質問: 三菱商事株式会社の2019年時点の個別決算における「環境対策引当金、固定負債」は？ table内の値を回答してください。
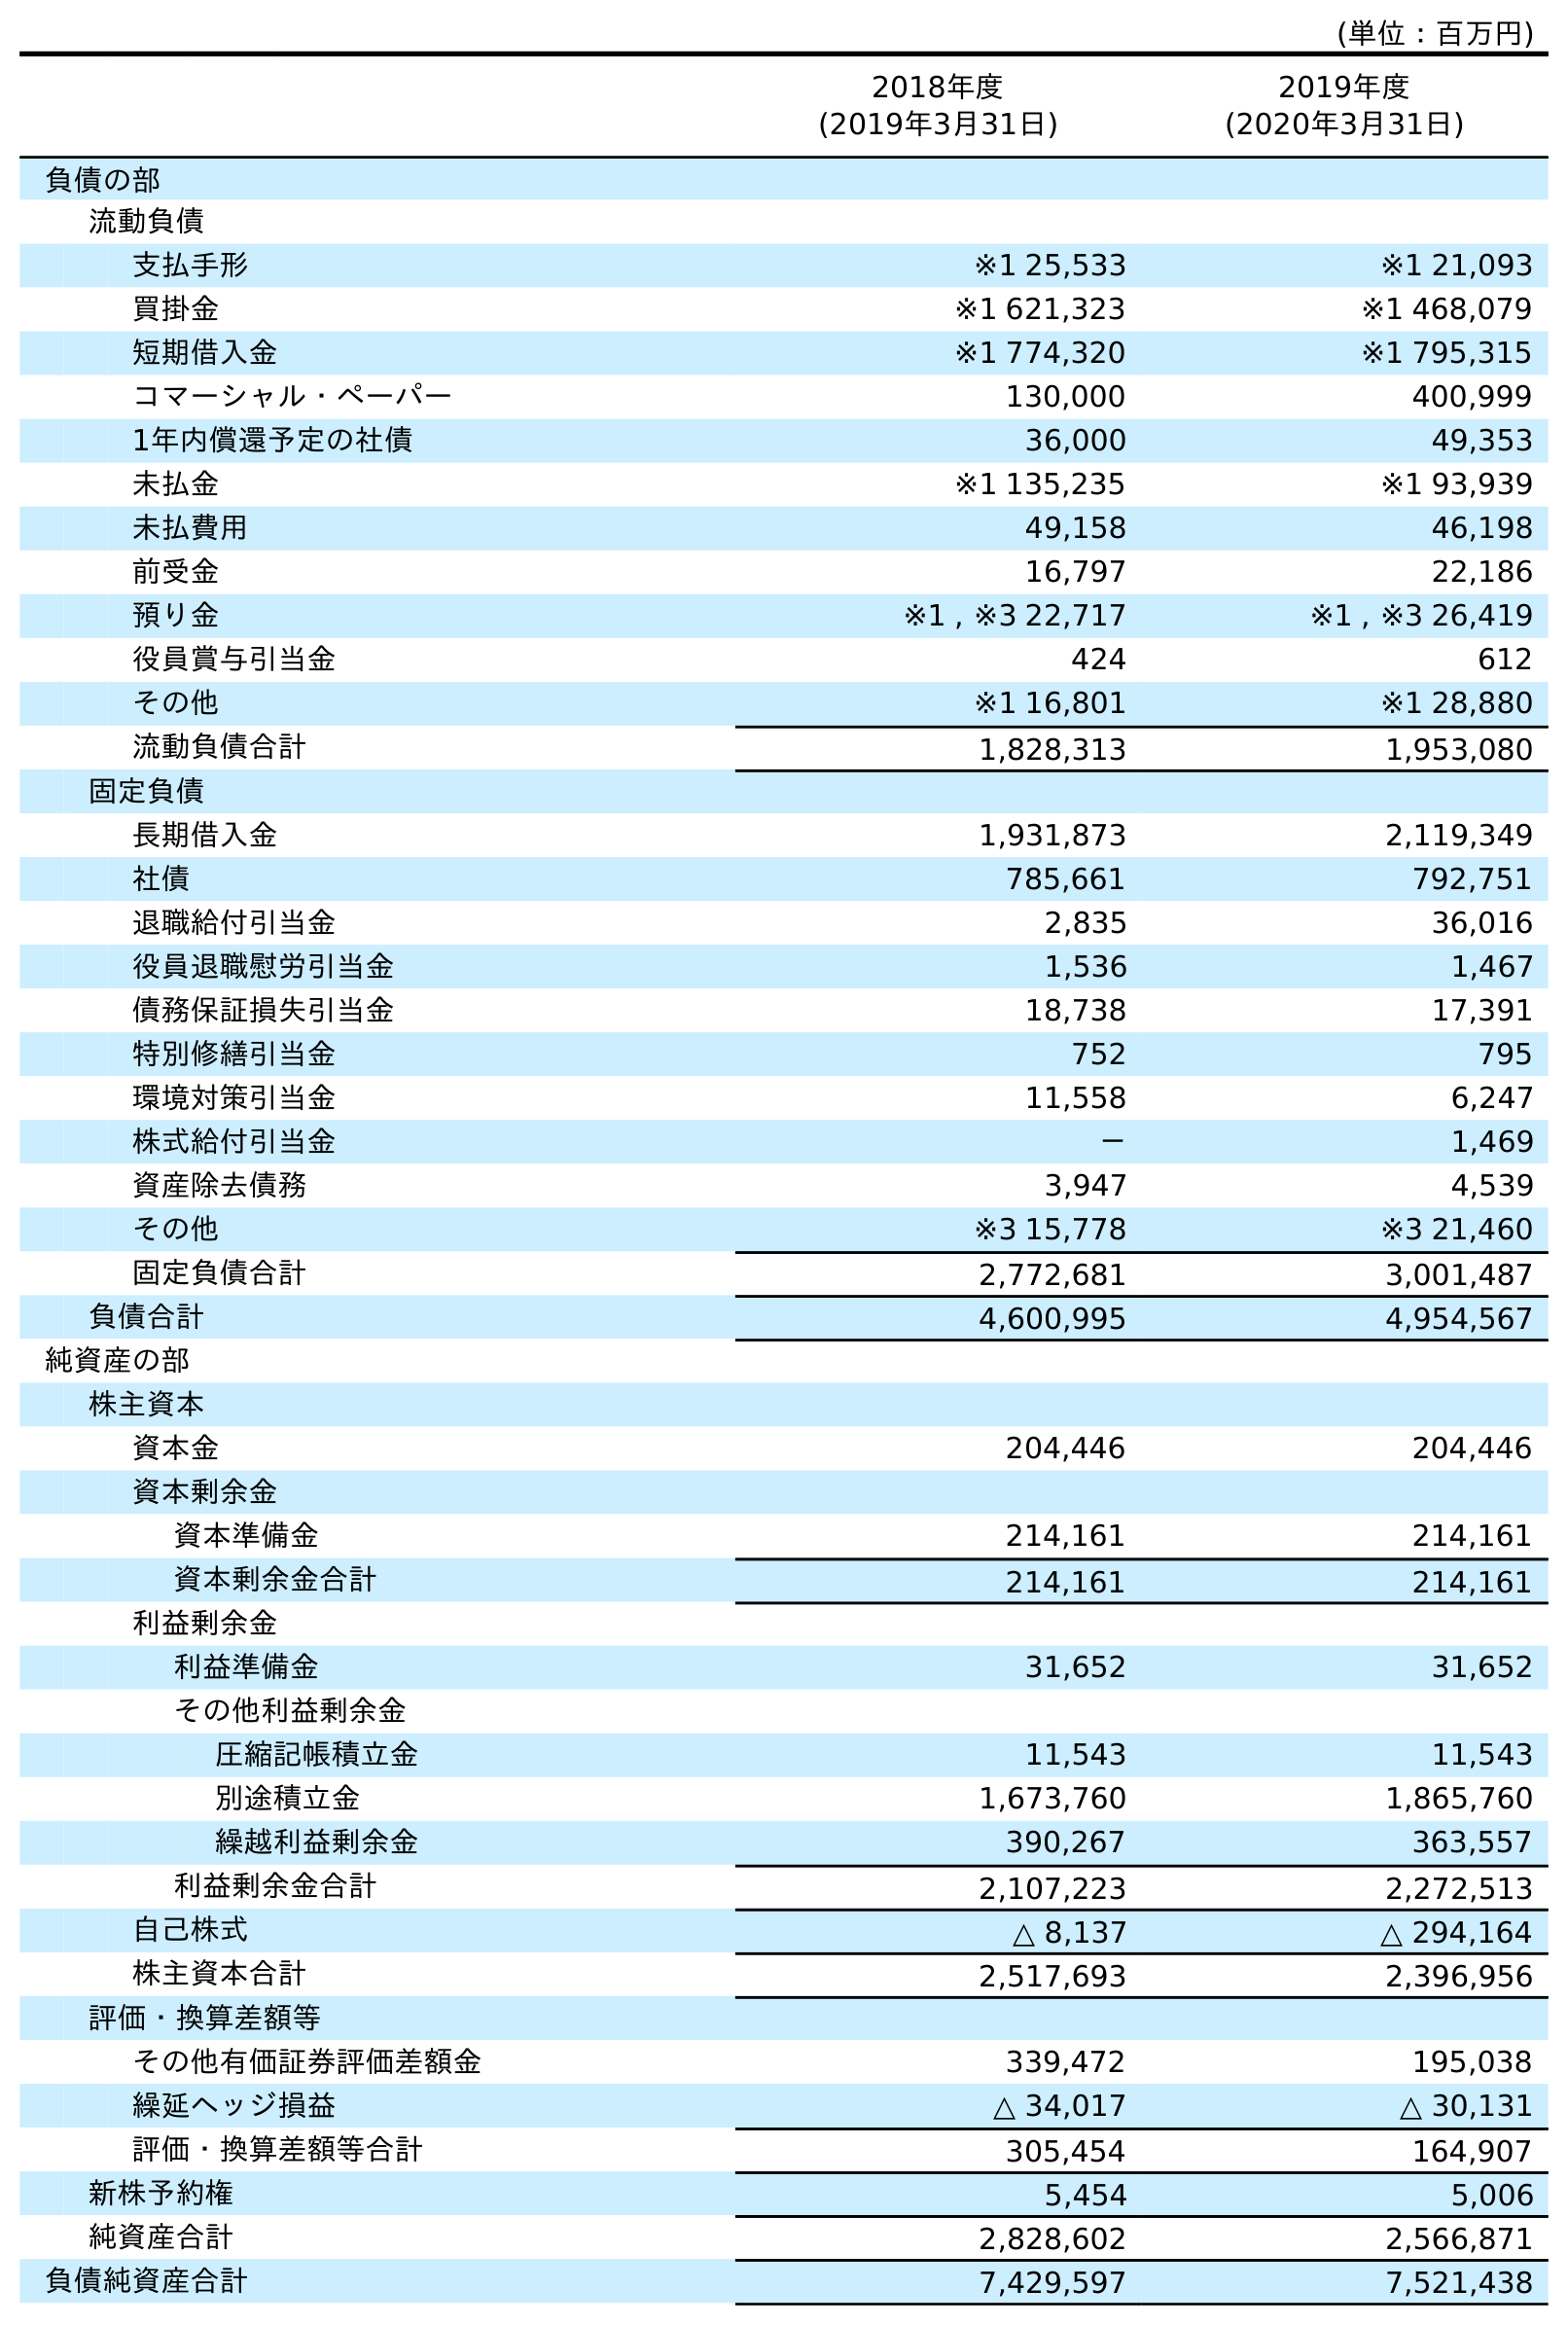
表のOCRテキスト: (単位：百万円) 2018年度 (2019年3月31日) 2019年度 (2020年3月31日) 負債の部 流動負債 支払手形 ※1 25,533 ※1 21,093 買掛金 ※1 621,323 ※1 468,079 短期借入金 ※1 774,320 ※1 795,315 コマーシャル・ペーパー 130,000 400,999 1年内償還予定の社債 36,000 49,353 未払金 ※1 135,235 ※1 93,939 未払費用 49,158 46,198 前受金 16,797 22,186 預り金 ※1 , ※3 22,717 ※1 , ※3 26,419 役員賞与引当金 424 612 その他 ※1 16,801 ※1 28,880 流動負債合計 1,828,313 1,953,080 固定負債 長期借入金 1,931,873 2,119,349 社債 785,661 792,751 退職給付引当金 2,835 36,016 役員退職慰労引当金 1,536 1,467 債務保証損失引当金 18,738 17,391 特別修繕引当金 752 795 環境対策引当金 11,558 6,247 株式給付引当金 － 1,469 資産除去債務 3,947 4,539 その他 ※3 15,778 ※3 21,460 固定負債合計 2,772,681 3,001,487 負債合計 4,600,995 4,954,567 純資産の部 株主資本 資本金 204,446 204,446 資本剰余金 資本準備金 214,161 214,161 資本剰余金合計 214,161 214,161 利益剰余金 利益準備金 31,652 31,652 その他利益剰余金 圧縮記帳積立金 11,543 11,543 別途積立金 1,673,760 1,865,760 繰越利益剰余金 390,267 363,557 利益剰余金合計 2,107,223 2,272,513 自己株式 △ 8,137 △ 294,164 株主資本合計 2,517,693 2,396,956 評価・換算差額等 その他有価証券評価差額金 339,472 195,038 繰延ヘッジ損益 △ 34,017 △ 30,131 評価・換算差額等合計 305,454 164,907 新株予約権 5,454 5,006 純資産合計 2,828,602 2,566,871 負債純資産合計 7,429,597 7,521,438
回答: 11,558